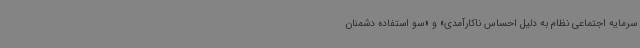
سرمایه اجتماعی نظام به دلیل احساس ناکارآمدی» و «سو استفاده دشمنان